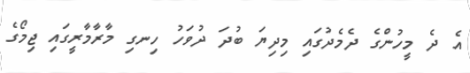
އެ ދެ މީހުންގެ ދެމެދުގައި މިދިޔަ ބުދަ ދުވަހު ހިނގި މާރާމާރީގައި ޖިމޯގެ